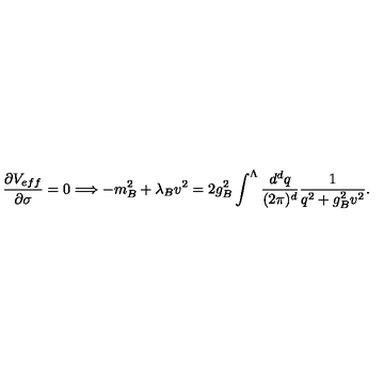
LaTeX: \frac { \partial V _ { e f f } } { \partial \sigma } = 0 \Longrightarrow - m _ { B } ^ { 2 } + \lambda _ { B } v ^ { 2 } = 2 g _ { B } ^ { 2 } \int ^ { \Lambda } \frac { d ^ { d } q } { ( 2 \pi ) ^ { d } } \frac { 1 } { q ^ { 2 } + g _ { B } ^ { 2 } v ^ { 2 } } .